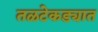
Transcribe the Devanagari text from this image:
तळटेकड्यात